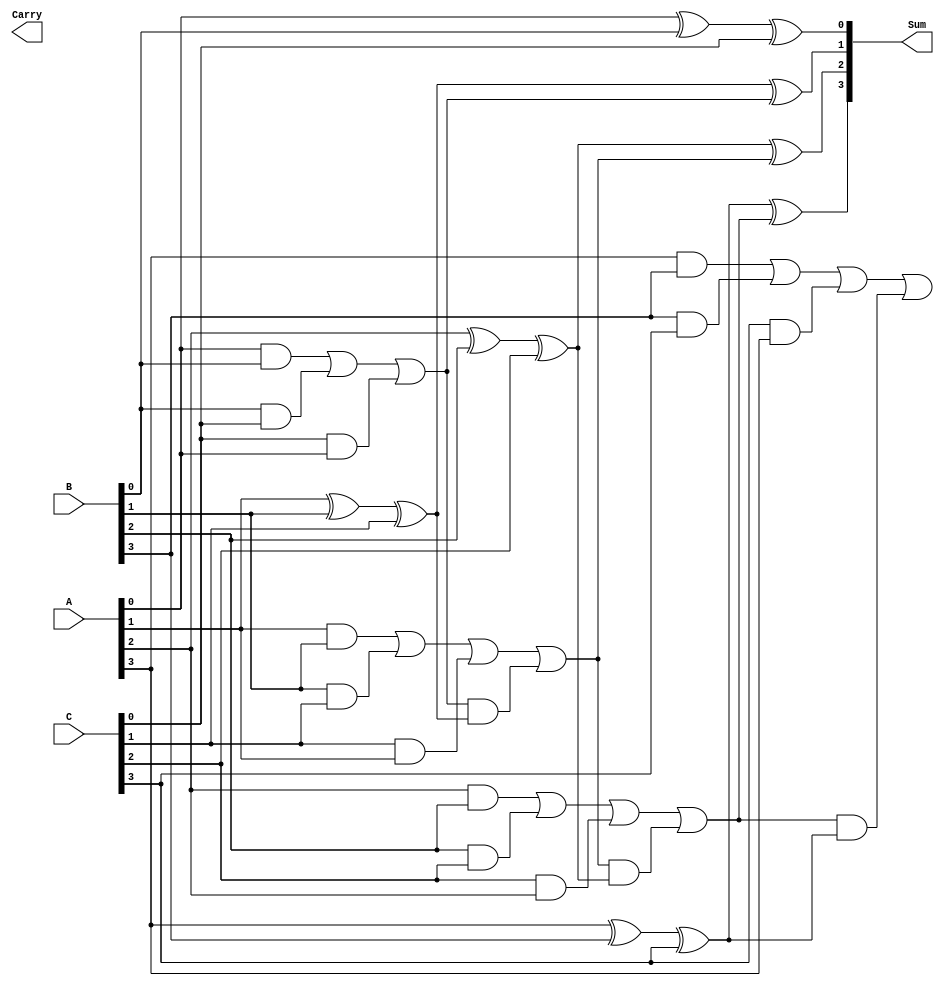
module ParallelCarrySaveAdder #(parameter n = 4) (
    input [n-1:0] A, // First input
    input [n-1:0] B, // Second input
    input [n-1:0] C, // Third input
    output [n-1:0] Sum, // Sum output
    output [n:0] Carry // Carry output (n bits + 1 for overflow)
);

    // Intermediate sum and carry arrays
    wire [n-1:0] sum_intermediate;
    wire [n:0] carry_intermediate;

    // Full adder logic for each bit
    genvar i;
    generate
        for (i = 0; i < n; i = i + 1) begin : full_adder
            if (i == 0) begin
                // For the least significant bit, no carry-in
                assign sum_intermediate[i] = A[i] ^ B[i] ^ C[i];
                assign carry_intermediate[i+1] = (A[i] & B[i]) | (B[i] & C[i]) | (C[i] & A[i]);
            end else begin
                // For other bits, use the carry from the previous stage
                assign sum_intermediate[i] = A[i] ^ B[i] ^ C[i] ^ carry_intermediate[i];
                assign carry_intermediate[i+1] = (A[i] & B[i]) | (B[i] & C[i]) | (C[i] & A[i]) | 
                                                  (carry_intermediate[i] & (A[i] ^ B[i] ^ C[i]));
            end
        end
    endgenerate

    // Assign outputs
    assign Sum = sum_intermediate;
    assign Carry = carry_intermediate;

endmodule